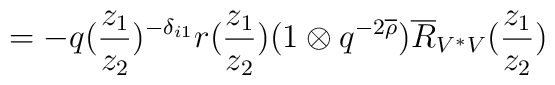
\hspace{.745in}         = -q(\frac{z_1}{z_2})^{-\delta_{i1}} r(\frac{z_1}{z_2})           (1 \otimes q^{-2 \overline{\rho}})           \overline{R}_{V^* V}(\frac{z_1}{z_2})